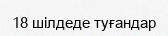
18 шілдеде туғандар